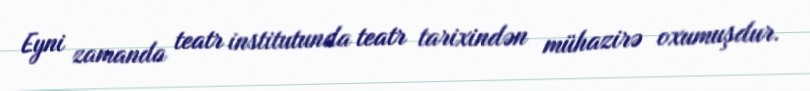
Eyni zamanda teatr institutunda teatr tarixindən mühazirə oxumuşdur.